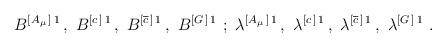
LaTeX: \begin{align*}B^{[ A_\mu\,]\, 1}\,,\,\, B^{[ c\,]\, 1}\,,\,\,B^{ [\overline c\,]\, 1}\,,\,\,B^{[ G\,]\, 1}\,\,;\,\,\lambda^{[ A_\mu\,]\, 1}\,,\,\, \lambda^{[c\,]\, 1}\,,\,\,\lambda^{ [\overline c\,]\, 1}\,,\,\,\lambda^{[ G\,]\, 1}\,\,.\end{align*}